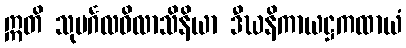
ဣတိ သုမင်္ဂလဝိလာသိနိယာ ဒီဃနိကာယဋ္ဌကထာယံ